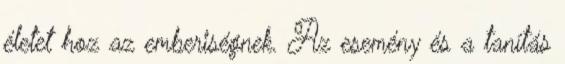
életet hoz az emberiségnek. Az esemény és a tanítás